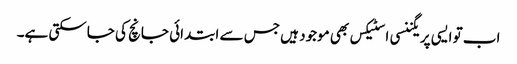
اب تو ایسی پریگننسی ا سٹیکس بھی موجود ہیں جس سے ابتدائی جانچ کی جاسکتی ہے۔